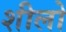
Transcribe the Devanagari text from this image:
शीलो